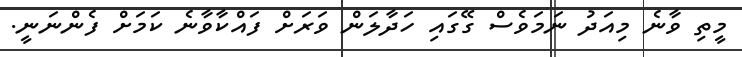
މީތި ވާނެ މިއަދު ނަމަވެސް ގޭގައި ހަދާލަން ވަރަށް ފައްކާވާނެ ކަމަށް ފެންނަނީ.